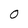
Character: 0